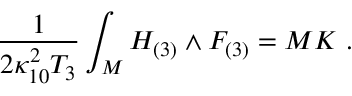
{ \frac { 1 } { 2 \kappa _ { 1 0 } ^ { 2 } T _ { 3 } } } \int _ { \cal M } H _ { ( 3 ) } \wedge F _ { ( 3 ) } = M K \ .